Insane asylums in Bengal annual reports 1867-1875 - 1867-1875
Year: 1867
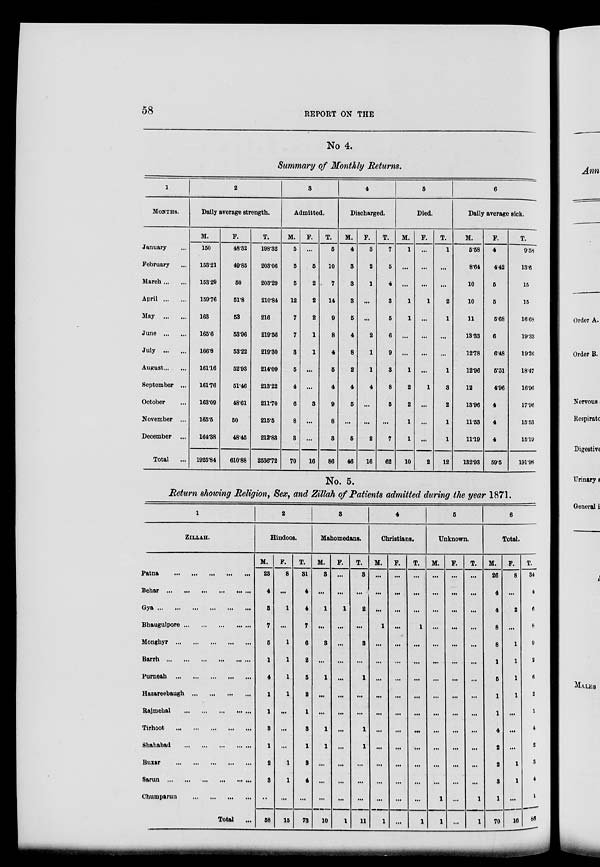
58
REPORT ON THE
No 4.
Summary of Monthly Returns.
1
MONTHS.
January ...
February ...
March ... ...
April
...
...
May ... ...
June
...
...
July
...
...
August ... ...
September ...
October ...
November ...
December
...
Total ...
2
Daily average strength.
M.
150
153.21
153.29
159.76
163
165.6
166.8
161.16
161.76
163.09
165.5
164.38
1925.84
F.
48.32
49.85
50
51.8
53
53.96
53.22
52.93
51.46
48.61
50
48.45
610.88
T.
198.32
203.06
203.29
210.84
216
219.56
219.30
214.09
213.22
211.70
215.5
212.83
2536.72
3
Admitted.
M.
5
5
5
12
7
7
3
5
4
6
8
3
70
F.
...
5
2
2
2
1
1
...
...
3
...
...
16
T.
5
10
7
14
9
8
4
5
4
9
8
3
86
4
Discharged.
M.
4
3
3
3
5
4
8
2
4
5
...
5
46
F.
3
2
1
...
...
2
1
1
4
...
...
2
16
T.
7
5
4
3
5
6
9
3
8
5
...
7
62
5
Died.
M.
1
...
...
1
1
...
...
1
2
2
1
1
10
F.
...
...
...
1
...
...
...
...
1
...
...
...
2
T.
1
...
...
2
1
...
...
1
3
2
1
1
12
6
Daily average sick.
M.
5.58
8.64
10
10
11
13.33
12.78
12.96
12
13.96
11.53
11.19
132.93
F.
4
4.42
5
5
5.68
6
6.48
5.51
4.96
4
4
4
59.5
T.
9.58
13.6
15
15
16.68
19.33
19.26
18.47
16.96
17.96
15.53
15.19
191.98
No. 5.
Return showing Religion, Sex, and Zillah of Patients admitted during the year 1871.
1
ZILLAH.
Patna
...
...
...
...
...
Behar
...
...
...
...
...
...
Gya
...
...
...
...
...
...
Bhaugulpore ... ... ... ... ...
Monghyr ... ... ... ... ...
Barrh
...
...
...
...
...
...
Purneah
...
...
...
...
...
Hazareebaugh
...
...
...
...
Rajmehal
...
...
...
...
...
Tirhoot ... ... ... ... ...
Shahabad ... ... ... ... ...
Buxar ... ... ... ... ...
Sarun
...
...
...
...
...
...
Chumparun ... ... ... ...
Total
...
2
Hindoos.
M.
23
4
3
7
5
1
4
1
1
3
1
2
3
...
58
F.
8
...
1
...
1
1
1
1
...
...
...
1
1
...
15
T.
31
4
4
7
6
2
5
2
1
3
1
3
4
...
73
3
Mahomedans.
M.
3
...
1
...
3
...
1
...
...
1
1
...
...
...
10
F.
...
...
1
...
...
...
...
...
...
...
...
...
...
...
1
T.
3
...
2
...
3
...
1
...
...
1
1
...
...
...
11
4
Christians.
M.
...
...
...
1
...
...
...
...
...
...
...
...
...
...
1
F.
...
...
...
...
...
...
...
...
...
...
...
...
...
...
...
T.
...
...
...
1
...
...
...
...
...
...
...
...
...
...
1
5
Unknown.
M.
...
...
...
...
...
...
...
...
...
...
...
...
...
1
1
F.
...
...
...
...
...
...
...
...
...
...
...
...
...
...
...
T.
...
...
...
...
...
...
...
...
...
...
...
...
...
1
1
6
Total.
M.
26
4
4
8
8
1
5
1
1
4
2
2
3
1
70
F.
8
...
2
...
1
1
1
1
...
...
...
1
1
...
16
T.
34
4
6
8
9
2
6
2
1
4
2
3
4
1
86